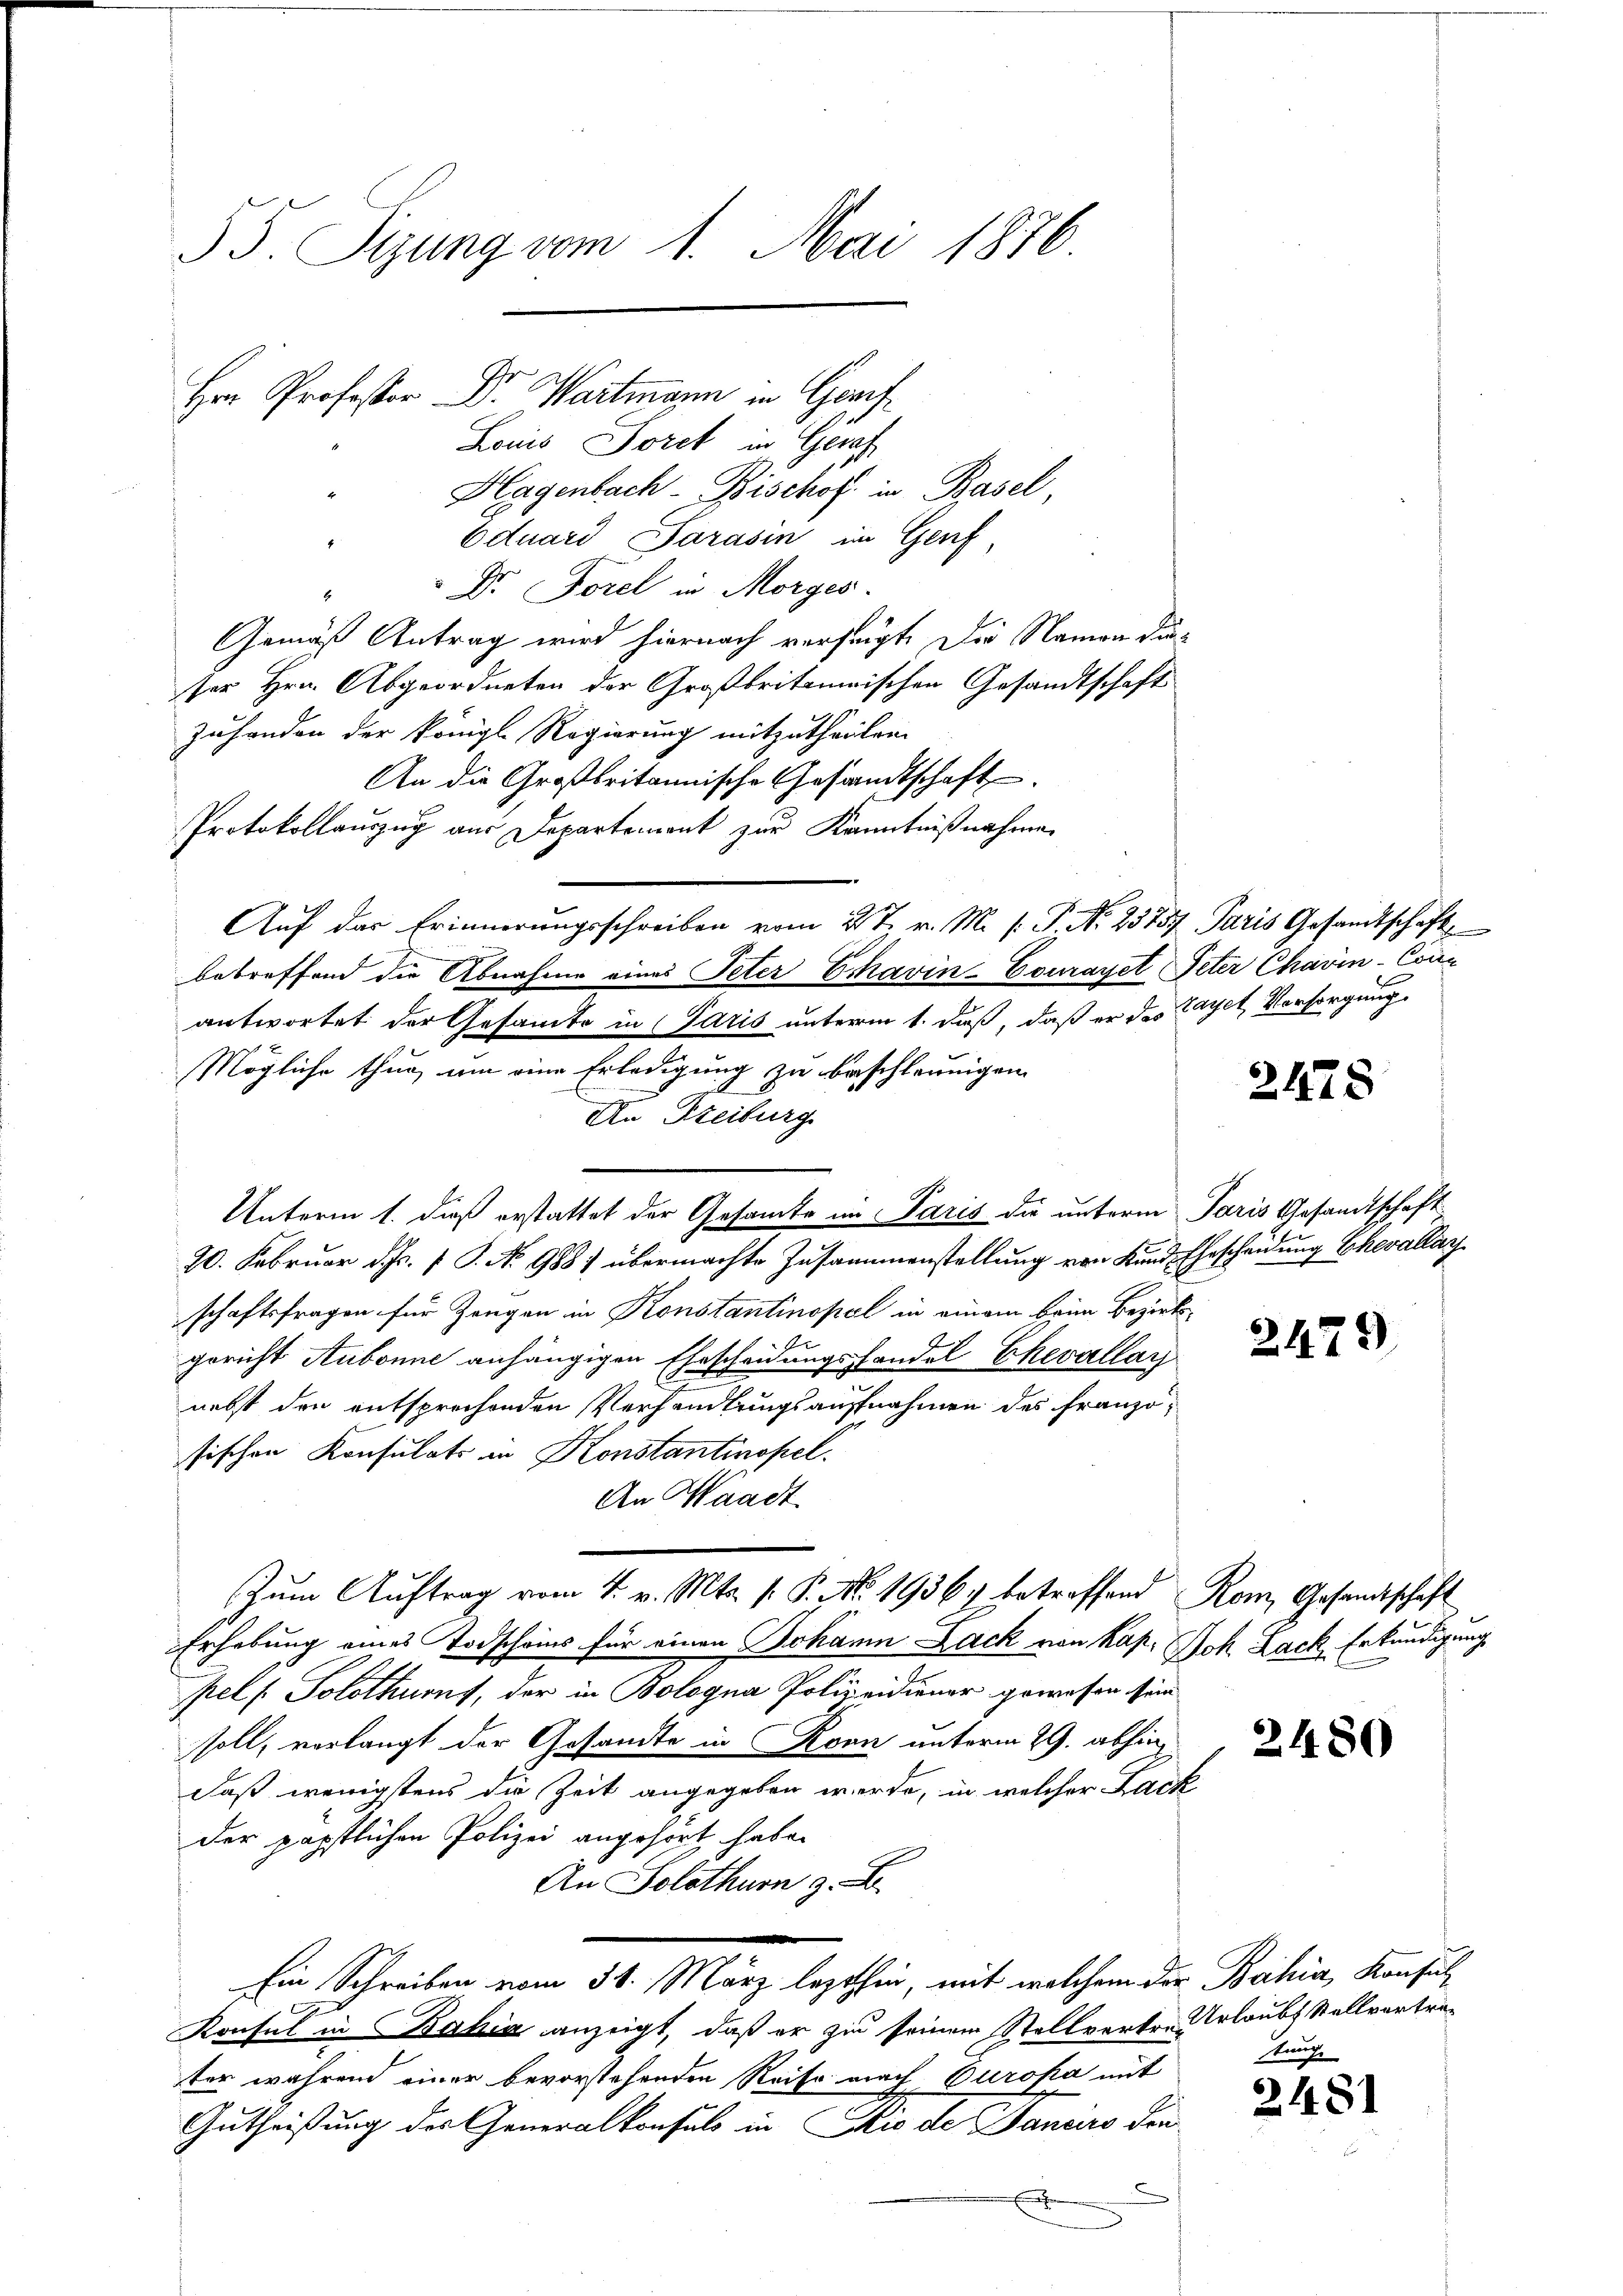
55. Sizung vom 1. Mai 1876.
Hrn Professor Dr. Wartmann in Graf
Louis Doret in Gerach

Hagenbach- Bischoff in Basel,
Eduard Sarasin im Genf,
Dr. Forel in Morges.
4
Gemäß Antrag wird hiernach versagt. Die Namen dieses Hrn. Abgeordneten der Großbritanischen Gesandtschaft
Zuhanden der königl. Regierung mitzutheilen.
An die Großbritannische Gesandtschaft
Protokollauszug aus Departemont zur Kenntnißnahme
Auf der Erinnerungsschreiben vom 2t. v. M. s. P. No. 23757 Paris Gesandtschaft
betreffend die Abnahme eines Peter Echavin-Courayet Peter Chavin-Conn
antwortet der Gesamte in Paris unterm 1. daß, daß er des Layet, Vorsorgung
Mögliche thun, um eine Erledigung zu beschleunigen.
An Freiburg
Unterm 1. dieß erstattet der Gesamte im Paris die unterm Paris Gesandtschaft
20. Februar d. Js. f. P. No 988) übermachte Zusammenstellung von Kunde Ehescheidung Chevallay
schaftsfragen für Zangen in Konstantinopel in einem beim Bezirksgericht Aubonne anhängigen Ehrscheidungshandel Chevallar
nebst den entsprechenden Verhandlungsaufnahmen des Französischen Konsulats in Konstantinopel.
An Waadt.
Zum Auftrag vom 4. v. Mts. v. P. No. 1936. betreffend Rom, Gesandtschaft
Erhebung eines Todscheins für einen Johann Lack von Kap. Joh Lack Erkundigung
pel s. Solothurns, der in Bologna Polizeidiener gewesen sein.
soll, verlangt der Gesandte in Konn unterm 29. abhin
daß wenigstens die Zeit angegeben werde, in welcher Lack
der päpstlichen Polizei angehört habe.
An Solothurn z.
Ein Schreiben vom 31. März lezthin, mit welchem der Bahia, Konsul
6
Konsul in Bahia anzeigt, daß er zu seinem Stellvertre Urlaubt Stellvertrater während einer bevorstehenden Reise nach Europa mit
Gutheißung der Generalkonsuls in io de Daniers Fin¬

2478

2479)

2480

tung

2481